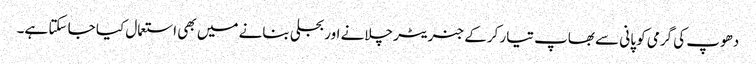
دھوپ کی گرمی کو پانی سے بھاپ تیار کرکے جنریٹر چلانے اور بجلی بنانے میں بھی استعمال کیا جا سکتا ہے۔